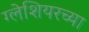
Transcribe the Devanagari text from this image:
ग्लेशियरच्या